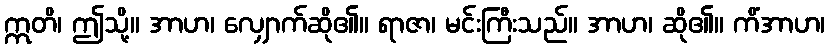
ဣတိ၊ ဤသို့။ အာဟ၊ လျှောက်ဆို၏။ ရာဇာ၊ မင်းကြီးသည်။ အာဟ၊ ဆို၏။ ကိံအာဟ၊